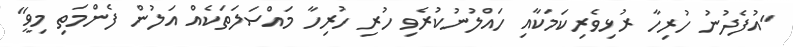
"އުފެދުނު ހުރިހާ ރުޅިވެރިކަމަކާއި ހައްލުނުކުރެވި ހުރި ހުރިހާ މައްސަލަތަކެއް އަލުން ފެންމަތި މިވީ"